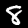
Digit: 8